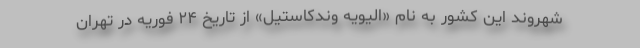
شهروند این کشور به نام «الیویه وندکاستیل» از تاریخ ۲۴ فوریه در تهران